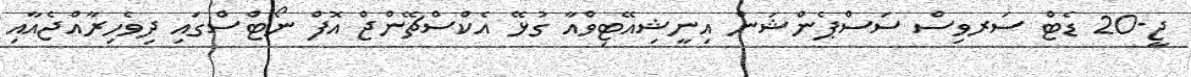
ޖީ-20 ޑެޓް ސަރވިސް ސަސްޕެންޝަން އިނީޝިއޭޓިވްއާ ގުޅޭ އެކްސްޗޭންޖް އޮފް ނޯޓްސްގައި ދިވެހިރާއްޖެއާއި